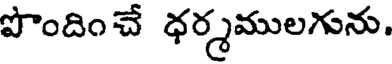
పొందించే ధర్మములగును.